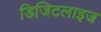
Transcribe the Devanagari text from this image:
डिजिटलाइज